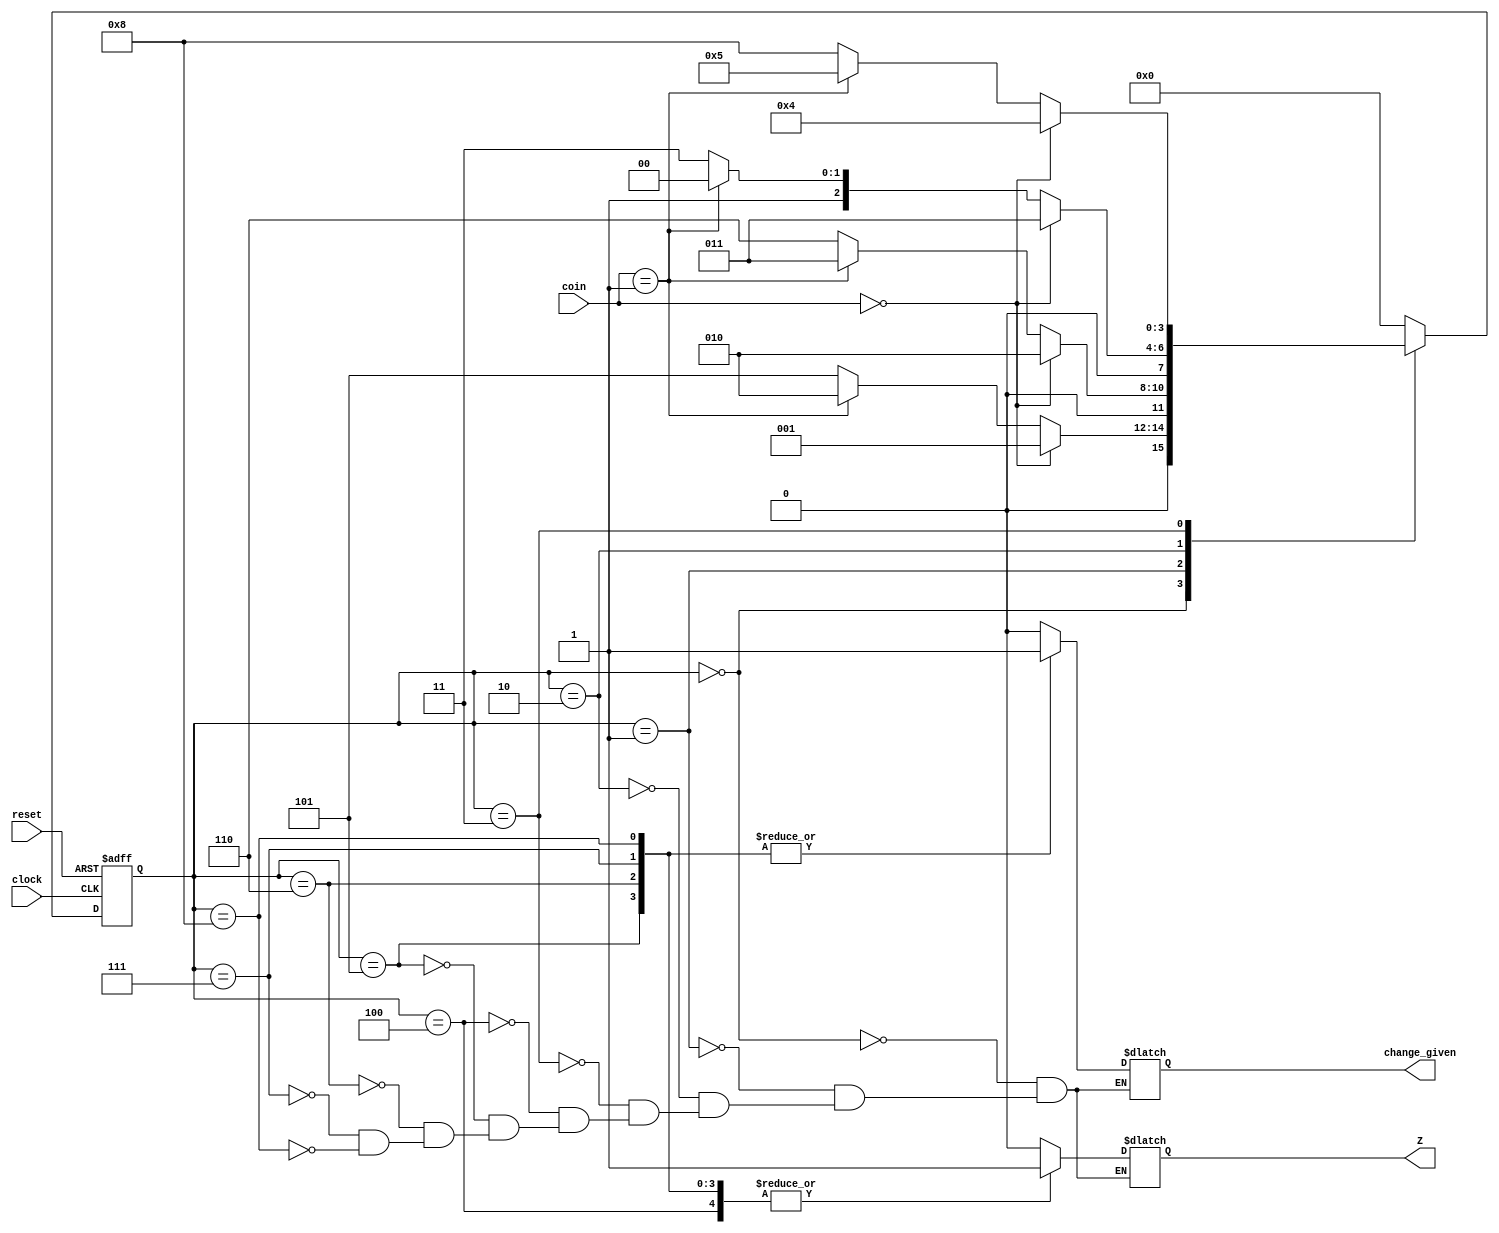
`timescale 1ns / 1ps
//////////////////////////////////////////////////////////////////////////////////
// Company: 
// Engineer: 
// 
// Design Name: 
// Module Name: vending_machine
// Project Name: 
// Target Devices: 
// Tool Versions: 
// Description: 
// 
// Dependencies: 
// 
// Revision:
// Revision 0.01 - File Created
// Additional Comments:
// 
//////////////////////////////////////////////////////////////////////////////////


module vending_machine(coin,clock,reset,Z,change_given);
input wire clock,reset;
input wire [1:0] coin;
output reg Z,change_given;
parameter Sin=4'b0000,S10=4'b0001, S20=4'b0010, S30=4'b0011, S40=4'b0100, S50=4'b0101, S60=4'b0110, S70=4'b0111, S80=4'b1000;
parameter ten=2'b00, twenty=2'b01, fifty=2'b10;
reg [3:0] state,next_state;
always@(posedge clock,posedge reset)
begin
if(reset==1)
state<=Sin;
else
state<=next_state;
end
always @ (state,coin)
begin
case(state)
Sin:
begin
if(coin==ten)
next_state<=S10;
else if(coin==twenty)
next_state<=S20;
else
next_state<=S50;
end
S10:
begin
if(coin==ten)
next_state<=S20;
else if(coin==twenty)
next_state<=S30;
else
next_state<=S60;
end
S20:
begin
if(coin==ten)
next_state<=S30;
else if(coin==twenty)
next_state<=S40;
else
next_state<=S70;
end
S30:
begin
if(coin==ten)
next_state<=S40;
else if(coin==twenty)
next_state<=S50;
else
next_state<=S80;
end
S40: next_state=Sin;
S50: next_state=Sin;
S60: next_state=Sin;
S70: next_state=Sin;
S80: next_state=Sin;
default next_state=Sin;
endcase
end 
always @(state,coin)
begin
case(state)
Sin:begin Z=0; change_given=0; end
S10:begin Z=0; change_given=0; end
S20:begin Z=0; change_given=0; end
S30:begin Z=0; change_given=0; end
S40:begin Z=1; change_given=0; end
S50:begin Z=1; change_given=1; end
S60:begin Z=1; change_given=1; end
S70:begin Z=1; change_given=1; end
S80:begin Z=1; change_given=1; end
endcase
end



endmodule